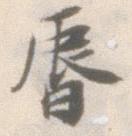
晨